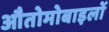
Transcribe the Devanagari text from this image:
औतोमोबाइलों